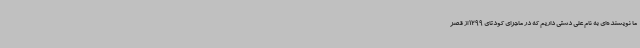
ما نویسنده‌ای به نام علی‌ دشتی داریم که در ماجرای کودتای 1299 از قصر